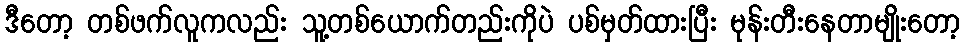
ဒီတော့ တစ်ဖက်လူကလည်း သူ့တစ်ယောက်တည်းကိုပဲ ပစ်မှတ်ထားပြီး မုန်းတီးနေတာမျိုးတော့